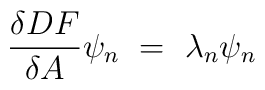
{\delta D F \over \delta A } \psi_n ~=~ \lambda_n \psi_n